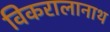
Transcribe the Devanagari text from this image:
विकरालानाथ